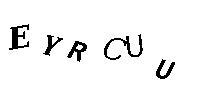
EYRCUU